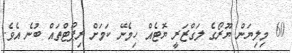
60 މިލިޔަން ޔޫރޯގެ ލަގްޒަރީ ޔޮޓެއް ހިމެނޭ ކަމަށް ރިޕޯޓްތައް ބުނެ އެވެ.